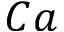
C a